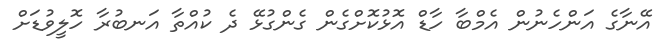
އޭނާގެ އަންހެނުން އެމްބާ ހާޑް އޮޅުކޮށްގެން ގެންގުޅޭ ދެ ކުއްތާ އަނބުރާ ހޮލީވުޑަށް